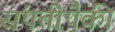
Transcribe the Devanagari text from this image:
संपत्तीपैकी